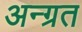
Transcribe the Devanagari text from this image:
अन्ग्रत